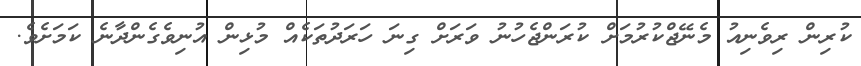
ކުރިން ރިވެނިއު މެނޭޖްކުރުމަށް ކުރަންޖެހުނު ވަރަށް ގިނަ ހަރަދުތަކެއް މުޅިން އުނިވެގެންދާނެ ކަމަށެވެ.